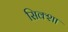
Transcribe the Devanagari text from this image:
सिक्शा